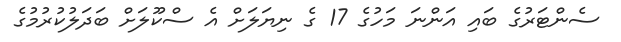
ސެންޓަރުގެ ބައި އަންނަ މަހުގެ 17 ގެ ނިޔަލަށް އެ ސްކޫލަށް ބަދަލުކުރުމުގެ